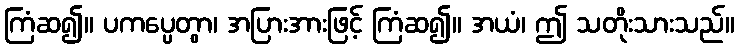
ကြံဆ၍။ ပကပ္ပေတွာ၊ အပြားအားဖြင့် ကြံဆ၍။ အယံ၊ ဤ သတိုးသားသည်။